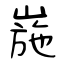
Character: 崺